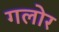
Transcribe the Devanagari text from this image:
गलोर